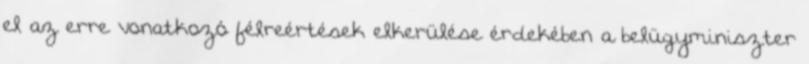
el az erre vonatkozó félreértések elkerülése érdekében a belügyminiszter